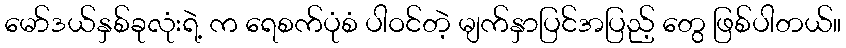
မော်ဒယ်နှစ်ခုလုံးရဲ့ က ရေစက်ပုံစံ ပါဝင်တဲ့ မျက်နှာပြင်အပြည့် တွေ ဖြစ်ပါတယ်။